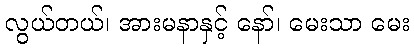
လွယ်တယ်၊ အားမနာနှင့် နော်၊ မေးသာ မေး